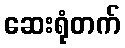
ဆေးရုံတက်